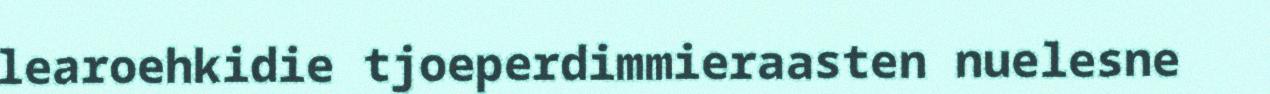
learoehkidie tjoeperdimmieraasten nuelesne